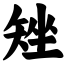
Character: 矬